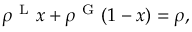
\rho ^ { \mathrm { ~ L ~ } } x + \rho ^ { \mathrm { ~ G ~ } } ( 1 - x ) = \rho ,